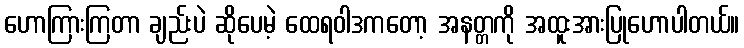
ဟောကြားကြတာ ချည်းပဲ ဆိုပေမဲ့ ထေရဝါဒကတော့ အနတ္တကို အထူးအားပြုဟောပါတယ်။